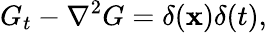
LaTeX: G_{t}-\nabla^{2}G=\delta(\mathbf{x})\delta(t),